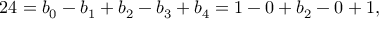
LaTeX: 2 4 = b _ { 0 } - b _ { 1 } + b _ { 2 } - b _ { 3 } + b _ { 4 } = 1 - 0 + b _ { 2 } - 0 + 1 ,